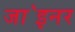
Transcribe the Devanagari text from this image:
जा॓इनर